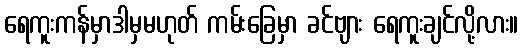
ရေကူးကန်မှာဒါမှမဟုတ် ကမ်းခြေမှာ ခင်ဗျား ရေကူးချင်လို့လား။